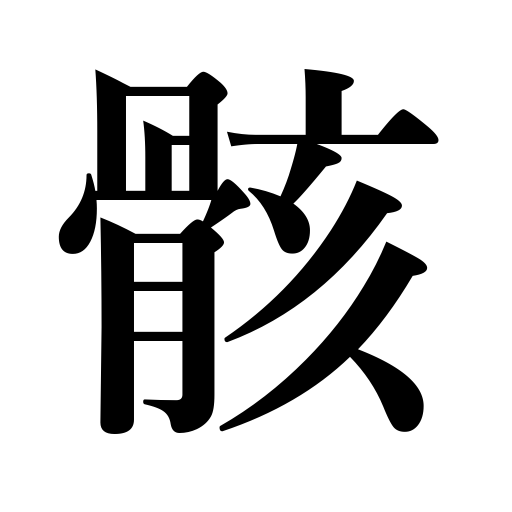
Meanings: bone,body